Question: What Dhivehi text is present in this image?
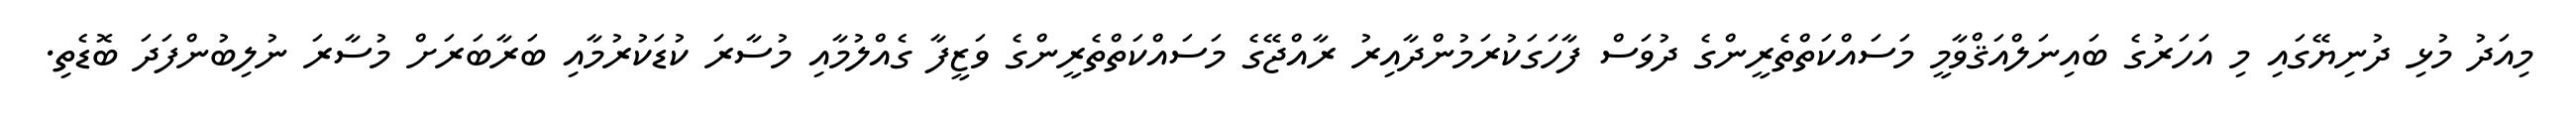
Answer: މިއަދު މުޅި ދުނިޔޭގައި މި އަހަރުގެ ބައިނަލްއަޤްވާމީ މަސައްކަތްތެރީންގެ ދުވަސް ފާހަގަކުރަމުންދާއިރު ރާއްޖޭގެ މަސައްކަތްތެރީންގެ ވަޒީފާ ގެއްލުމާއި މުސާރަ ކުޑަކުރުމާއި ބަރާބަރަށް މުސާރަ ނުލިބުންފަދަ ބޮޑެތި.